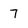
Character: 7